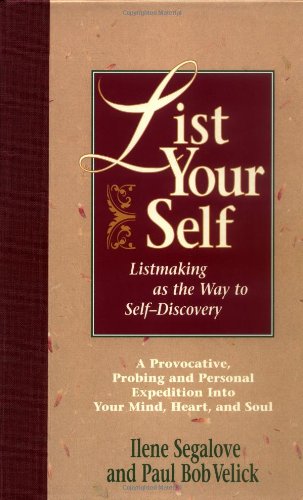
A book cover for List Your Self: Listmaking as the Way to Self-Discovery; Ilene Segalove; Self-Help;